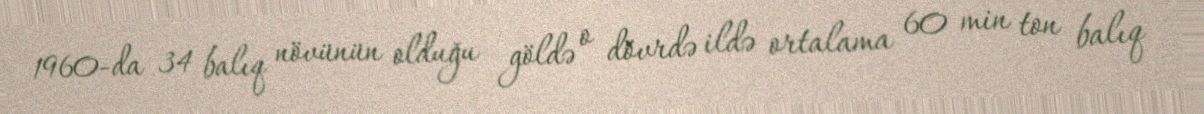
1960-da 34 balıq növünün olduğu göldə o dövrdə ildə ortalama 60 min ton balıq